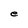
Character: e